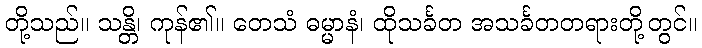
တို့သည်။ သန္တိ၊ ကုန်၏။ တေသံ ဓမ္မာနံ၊ ထိုသင်္ခတ အသင်္ခတတရားတို့တွင်။